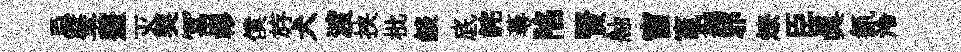
忌肇虀灭契冨轇僕斿犬渡挟枇燄底詫蕚陷賢舳窗竈拋邪燎臣真氤泠